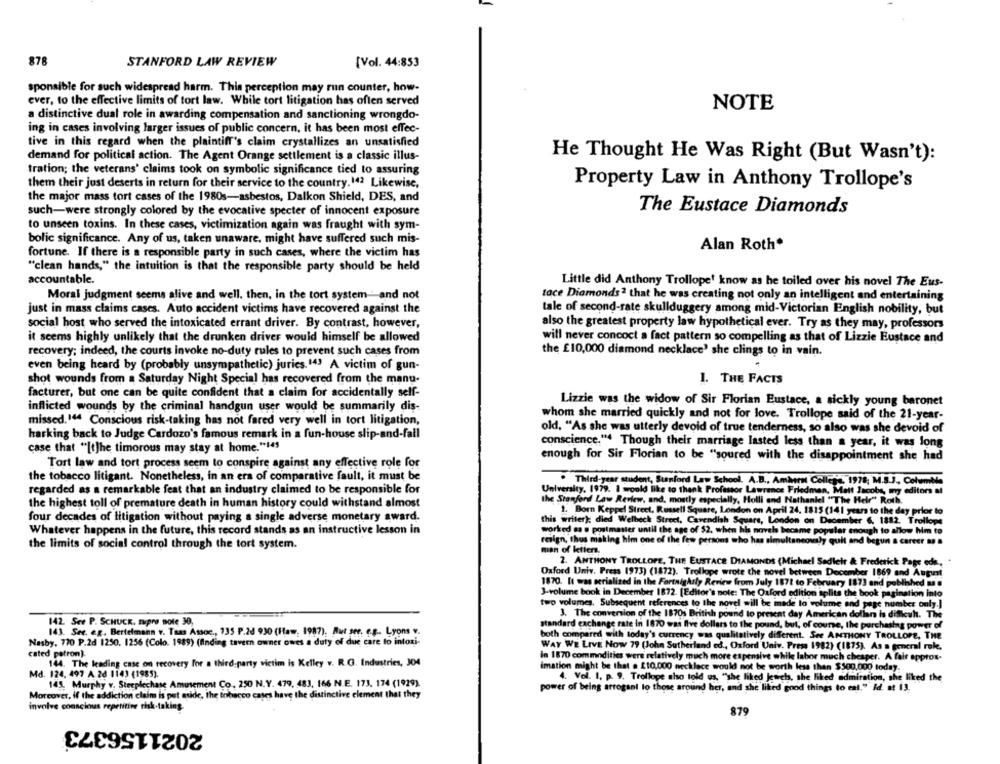
878
STANFORD LAW REVIEW
[Vol. 44:853
sponsible for such widespread harm. This perception may run counter, how-
ever, to the effective limits of tort law. While tort litigation has often served
NOTE
a distinctive dual role in awarding compensation and sanctioning wrongdo-
ing in cases involving larger issues of public concern, it has been most effec-
tive in this regard when the plaintiff's claim crystallizes an unsatisfied
demand for political action. The Agent Orange settlement is a classic illus-
He Thought He Was Right (But Wasn't):
tration; the veterans' claims took on symbolic significance tied to assuring
them their just deserts in return for their service to the country. 142 Likewise,
Property Law in Anthony Trollope's
the major mass tort cases of the 1980s-asbestos, Dalkon Shield, DES, and
such-were strongly colored by the evocative specter of innocent exposure
The Eustace Diamonds
to unseen toxins. In these cases, victimization again was fraught with sym-
bolic significance. Any of us, taken unaware, might have suffered such mis-
Alan Roth*
fortune. If there is a responsible party in such cases, where the victim has
"clean hands," the intuition is that the responsible party should be held
accountable.
Little did Anthony Trollope' know as he toiled over his novel The Eus-
Moral judgment seems alive and well, then, in the tort system and not
tace Diamonds2 that he was creating not only an intelligent and entertaining
just in mass claims cases. Auto accident victims have recovered against the
tale of second-rate skullduggery among mid-Victorian English nobility, but
social host who served the intoxicated errant driver. By contrast, however,
also the greatest property law hypothetical ever. Try as they may, professors
it seems highly unlikely that the drunken driver would himself be allowed
will never concoct a fact pattern so compelling as that of Lizzie Eustace and
recovery; indeed, the courts invoke no-duty rules to prevent such cases from
the £10,000 diamond necklace' she clings to in vain.
even being heard by (probably unsympathetic) juries.143 A victim of gun-
shot wounds from a Saturday Night Special has recovered from the manu-
1. THE FACTS
facturer, but one can be quite confident that a claim for accidentally self-
Lizzie was the widow of Sir Florian Eustace, a sickly young baronet
inflicted wounds by the criminal handgun user would be summarily dis-
whom she married quickly and not for love. Trollope said of the 21-year-
missed.144 Conscious risk-taking has not fared very well in tort litigation,
old, "As she was utterly devoid of true tenderness, so also was she devoid of
harking back to Judge Cardozo's famous remark in a fun-house slip-and-fall
conscience."4 Though their marriage lasted less than a year, it was long
case that "[t]he timorous may stay at home,"145
enough for Sir Florian to be "soured with the disappointment she had
Tort law and tort process seem to conspire against any effective role for
the tobacco litigant. Nonetheless, in an era of comparative fault, it must be
. Third-year student, Stanford Law School. A.B ., Amber Collest, 1978; M.S.J, ColumNs
regarded as a remarkable feat that an industry claimed to be responsible for
University, 1979. I would like to thank Professor Lawrence Friedman, Matt Jacobs, my editors af
the highest toll of premature death in human history could withstand almost
the Stanford Law Review, and, mostly especially, Holli and Nathaniel "The Hele" Roth.
1. Born Keppel Street, Russell Square, London on April 24, 1815 (14 1 years to the day prior to
four decades of litigation without paying a single adverse monetary award.
this writer); died Welbeck Street, Cavendish Square, London on December 6. 1882. Trollope
Whatever happens in the future, this record stands as an instructive lesson in
worked as e postmaster until the age of $2, when his novels became popular enough to allow him to
resign, thus making him one of the few persons who has simultaneously quit and begun a career a, a
the limits of social control through the tort system.
man of letters.
2. ANTHONY TROLLOPE, THE EUSTACE DIAMONDS (Michael Sedleir & Frederick Page eda .,
Oxford Univ. Press 1973) (1872). Trollope wrote the novel between December 1869 and Augint
1870. It was serialized in the Fortnightly Review from July 1871 to February 1873 and poblihed a .
3-volume book in December 1872. [Editor's note: The Oxford edition splits the book pagination into
two volumes, Subsequent references to the novel will be imade to volume and page number only.]
3. The conversion of the 1870s British pound to present day American dollar is difficuh. The
142. See P. SCHUCK, supro note 30,
standard exchange rate in 1870 was five dollars to the pound, but, of course, the purchasing power of
143. See. eg. Bertelmann v. Taas Assoc ., 135 P.2d 930 (Haw, 1987), But see, e.g. Lyons v.
Nasby, 770 P.2d 1250, 1256 (Colo. 1989) (finding tavern owner owes a duty of due care to intoxi-
both compared with today's currency was qualitatively different. See ANTHONY TROLLOPE, THE
WAY WE LIVE NOW 79 (John Sutherland ed ., Oxford Univ. Press 1982) (1875). As a general role.
cated patron).
in 1870 commodities were relatively much more expensive while labor much cheaper. A fair approx-
144. The leading case on recovery for a third-party victim is Kelley v. R.G. Industries, JO4
imation might be that . 210.000 necklace would not be worth less than $500.000 today.
Md. 124. 497 A 2d 1143 (1985).
4. Vol. I. p. 9. Trollope also told us, "she liked Jewels, she liked admiration, she liked the
145. Murphy v. Steeplechase Amusement Co, 250 N.Y. 479, 483, 166 N.E. 173. 174 (1929).
power of being arrogant lo those around her, and she liked good things to eat." Id. at 13.
Moreover, if the addiction claim is put aside, the tobacco cases have the distinctive element that they
involve conscious repetitive risk-taking
879
2021156373